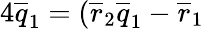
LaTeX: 4\overline{{{q}}}_{1}=(\overline{{{r}}}_{2}\overline{{{q}}}_{1}-\overline{{{r}}}_{1}